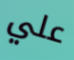
علي